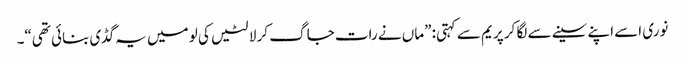
نوری اسے اپنے سینے سے لگا کر پریم سے کہتی: ”ماں نے رات جاگ کر لالٹیں کی لو میں یہ گڈی بنائی تھی“۔